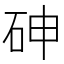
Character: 砷